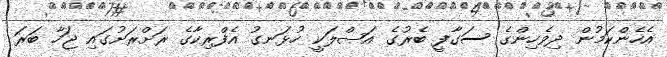
އެހެންކަމުން ދިވެހިންގެ ސަގާފީ ބެރުގެ އަޞްލަކީ ހުޅަނގު އެފްރިކާގެ ރަށްރަށުގައި ޖަހާ ބަރަ